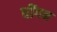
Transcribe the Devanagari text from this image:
धींगन